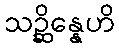
သဉ္ဆိန္နေဟိ